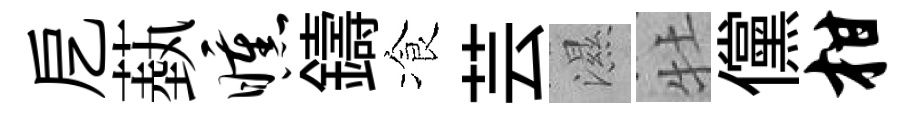
戹蓺曛鑄飡芸濕牡儻柑